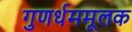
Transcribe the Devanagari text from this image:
गुणर्धममूलक